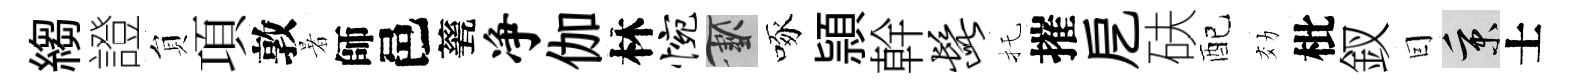
縐證貟項敦暑師邑甆净伽林惋草啄頴幹髭托摧戹砆配効枇釵囙秉士